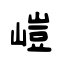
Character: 嵦